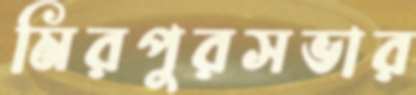
মিরপুরসভার